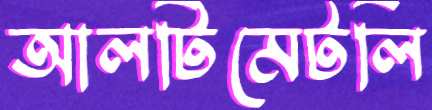
আলটিমেটলি